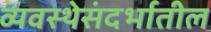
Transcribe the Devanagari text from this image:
व्यवस्थेसंदर्भातील